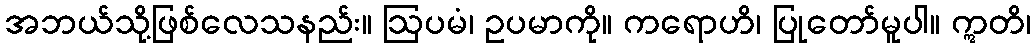
အဘယ်သို့ဖြစ်လေသနည်း။ ဩပမံ၊ ဥပမာကို။ ကရောဟိ၊ ပြုတော်မူပါ။ ဣတိ၊